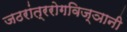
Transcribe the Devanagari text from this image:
जठरांत्ररोगविज्ञानी